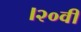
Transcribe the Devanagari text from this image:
।२०वीं